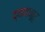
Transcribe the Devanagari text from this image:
द्यावानूरु